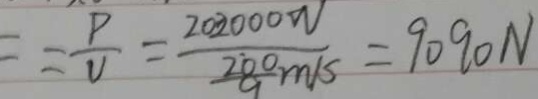
= = \frac { P } { V } = \frac { 2 0 2 0 0 0 W } { \frac { 2 \dot { 0 } 0 } { 9 } m / s } = 9 0 9 0 N